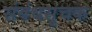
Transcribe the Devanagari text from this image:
संबंधसूचक